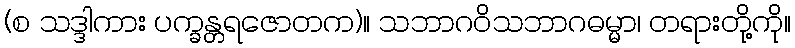
(စ သဒ္ဒါကား ပက္ခန္တရဇောတက)။ သဘာဂဝိသဘာဂဓမ္မာ၊ တရားတို့ကို။